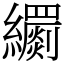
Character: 𦇧